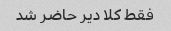
فقط کلا دیر حاضر شد